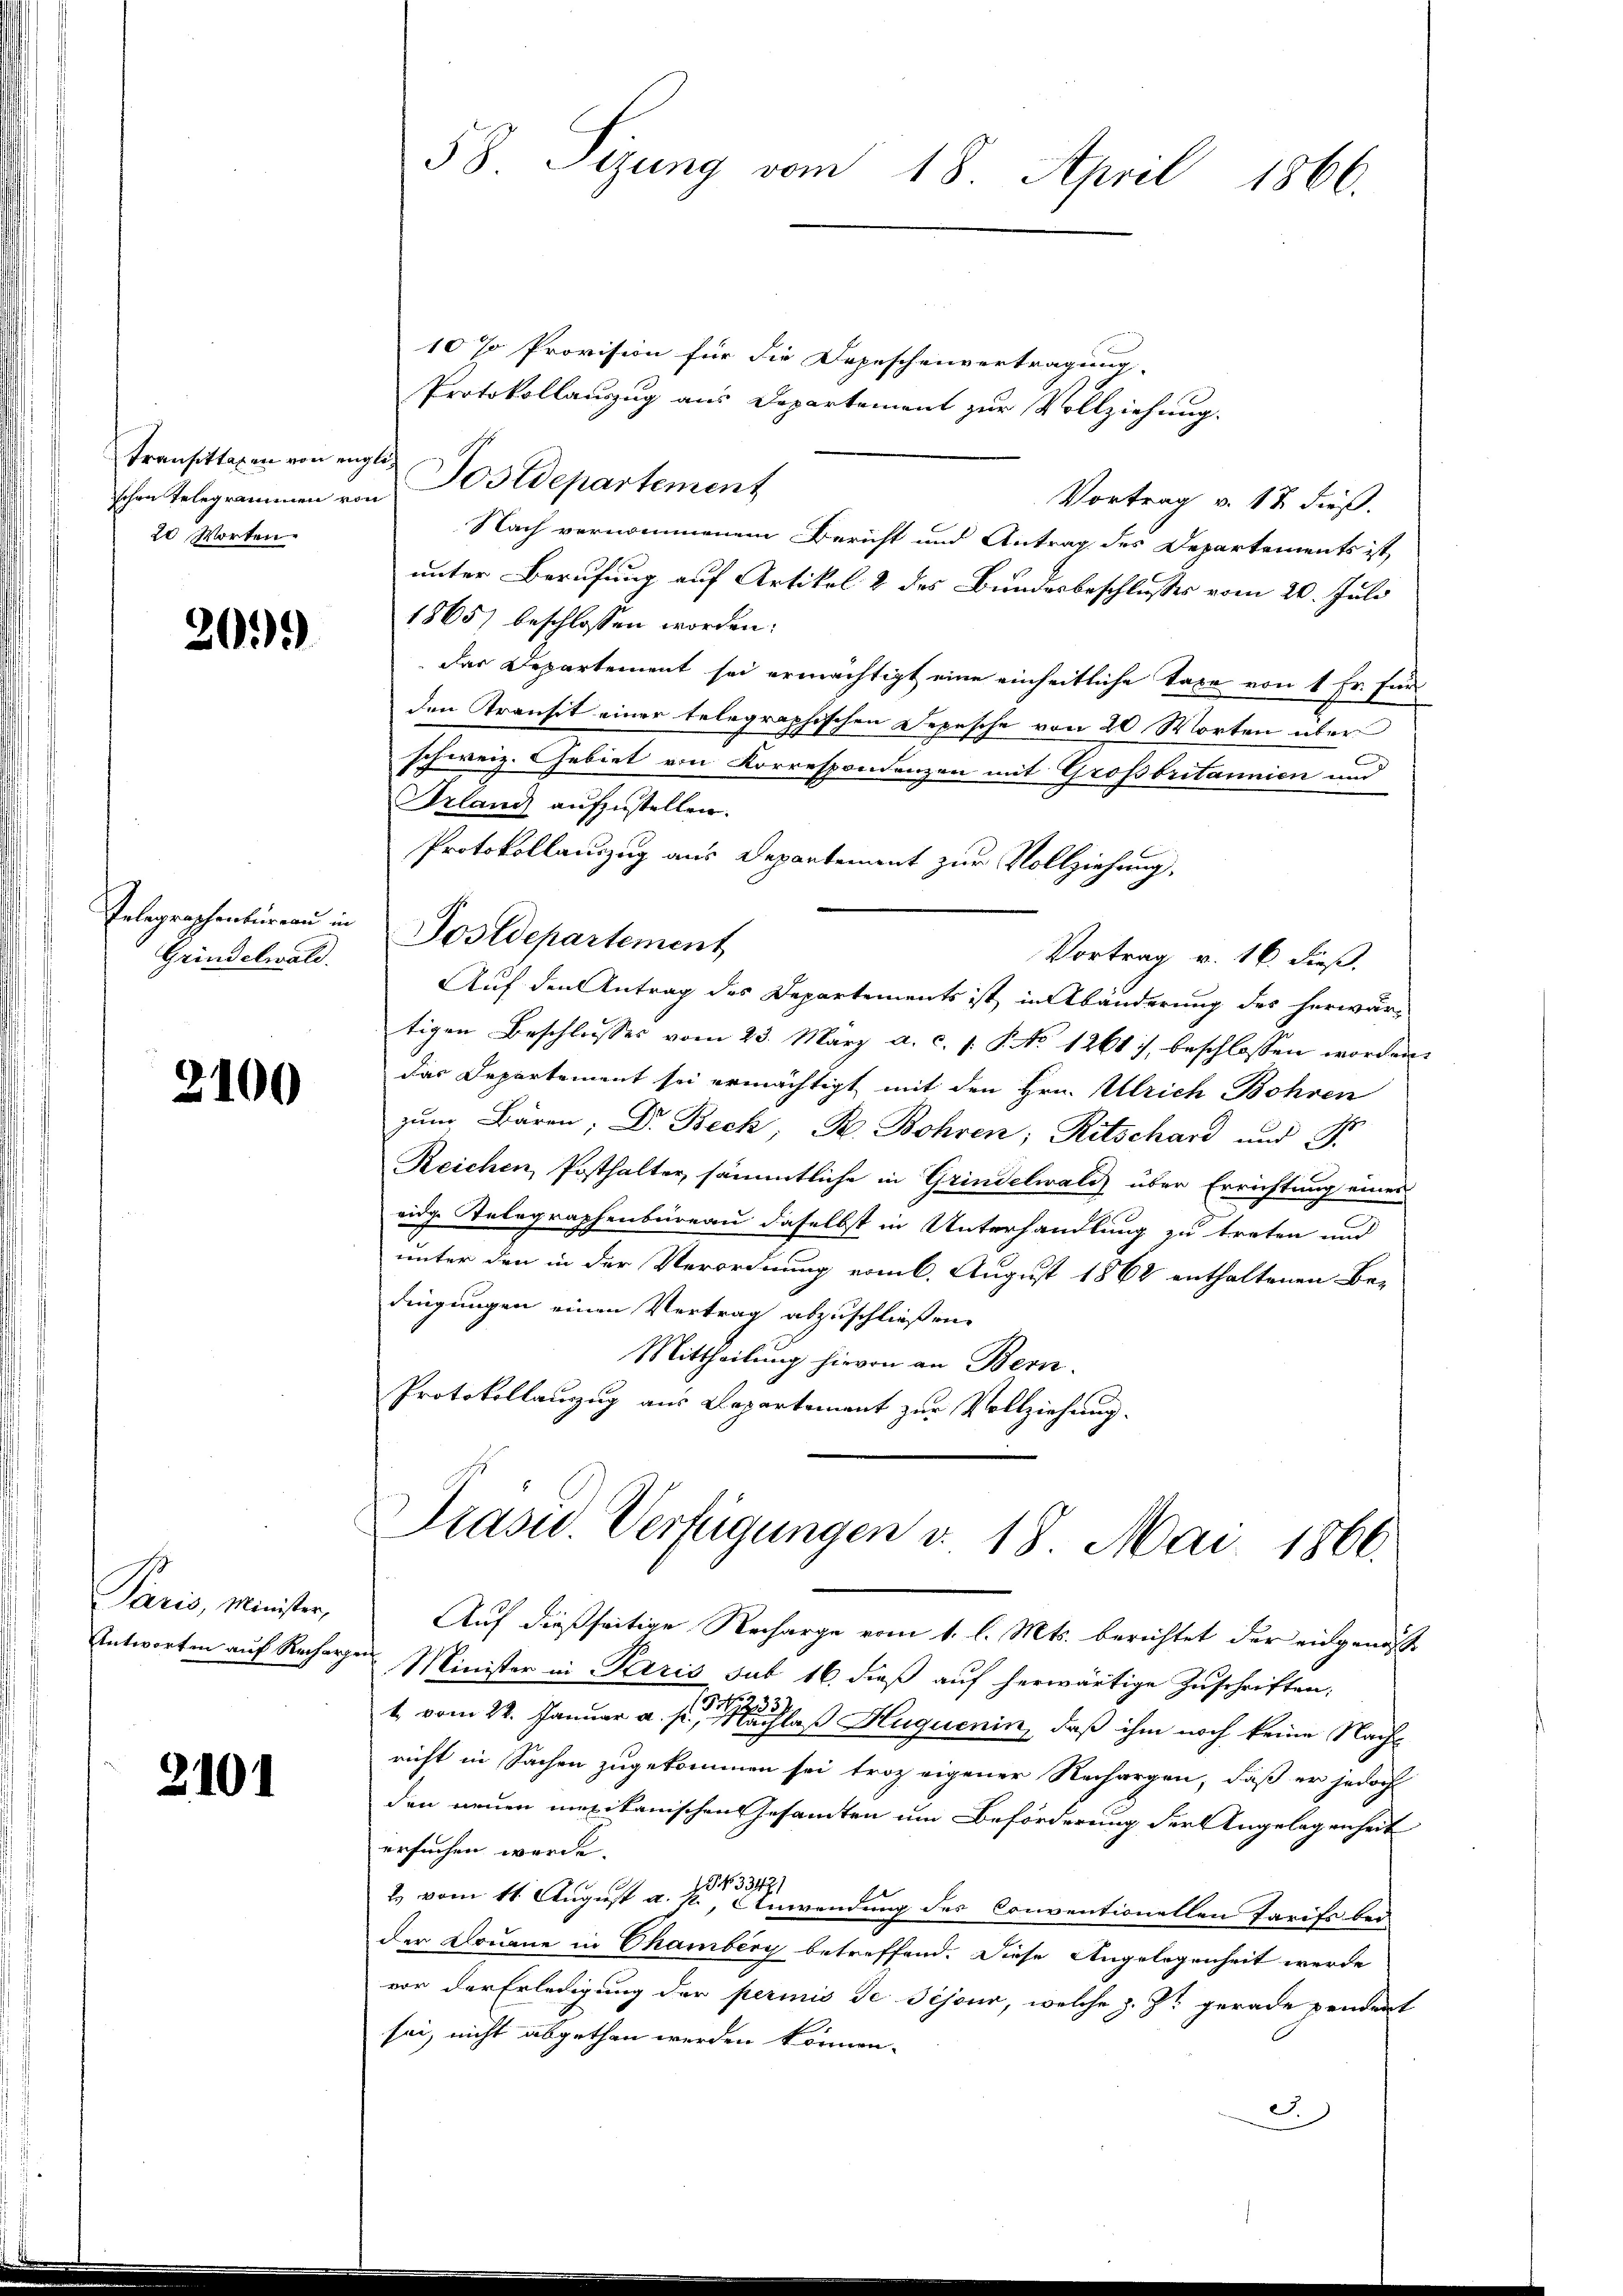
Transittagen von ei
20 Worten.

2099

Gelegraphenbüreau in
Grindelwald.

2100

Paris, Minister,

2101

10 % Provision für die Depeschenvertragung.
Protokollauszug aus Departement zur Vollziehung.
eglich
schen Telegrammen von Postdepartement
Vortrag v. 12. dieß.
Nach vernommenem Bericht und Antrag des Departements ist,
unter Berufung auf Artikel 2 des Bundesbeschlusses vom 20. Juli
1865) beschlossen worden.
Der Departement sei ermächtigt eine einheitliche Taxe von 1 Fr. Fürden Transit einer telegraphischen Depesche von 20 Worten über
schweiz. Gebiet von Korrespondenzen mit Grossbritannien und
Irland aufzustellen.
Protokollauszug aus Departement zur Vollziehung,
Postdepartement
Vortrag v. 16. dieß.
Auf den Antrag des Departements ist in Abänderung des herwär-
tigen Beschlusses vom 23. März a. c. s. S No 1261, beschlossen worden
das Departement sei ermächtigt, mit den Hrn. Ulrich Bohren
zŭm Bären; Dr. Beck, B. Bohren; Ritschard und Fr
Reichen, Posthalter, sämmtliche in Grindelwald über Errichtung eines
eide Telegraphenbüreau daselbst in Unterhandlung zu treten und
unter den in der Verordnung vom 6. August 1862 enthaltenen Be-
dingungen einen Vertrag abzuschließen.
Mittheilung hievon an Bern.
Protokollanzug aus Departement zur Vollziehung.

58 Sizung vom 18. April 1866.

Präsid. Verfügungen v. 18. Mai. 1866.

Auf dießseitige Recharge vom 1. l. Mts. berichtet der eingenoße
Antworten auf Rechargen Minister in Paris sub 16. dieß auf herwärtige Zuschriften:
1 vom 22. Januar a. s. nachlaß Huquenin, daß ihm noch keine Nachricht in Sachen zugekommen sei troz eigener Rechargen, daß er jedoch
den neuen mexikanischen Gesamten um Beförderung der Angelegenheit
ersuchen wurde.
2 vom 11. August a. p. Anwendung des Conventionellen Tarifs bei
der Douane in Chamberg betreffend. Diese Angelegenheit werde
vor der Erledigung der perinis de Bijour, welche z. Zt. gerade pendent
sei, nicht abgethan werden können.
3.